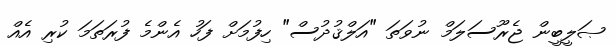
ޞަލީބީން ޖެރޫސަލަމް ނުވަތަ "އަލްޤުދުސް" ހިފުމަށް ފަހު އެންމެ ފުރަތަމަ ކުރި އެއް